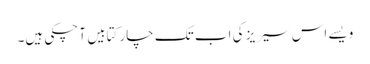
ویسے اس سیریز کی اب تک چار کتابیں آ چکی ہیں۔